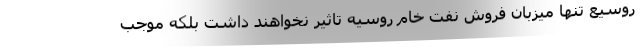
روسیع تنها میزبان فروش نفت خام روسیه تاثیر نخواهند داشت بلکه موجب